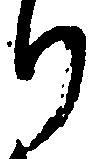
り